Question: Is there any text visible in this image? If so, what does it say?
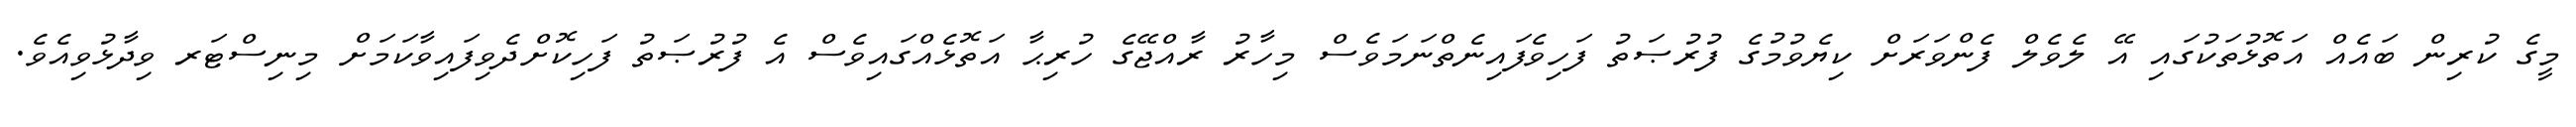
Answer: މީގެ ކުރިން ބައެއް އަތޮޅުތަކުގައި އޭ ލެވެލް ފެންވަރަށް ކިޔެވުމުގެ ފުރުޞަތު ފަހިވެފައިނެތްނަމަވެސް މިހާރު ރާއްޖޭގެ ހުރިޙާ އަތޮޅެއްގައިވެސް އެ ފުރުޞަތު ފަހިކޮށްދެވިފައިވާކަމަށް މިނިސްޓަރ ވިދާޅުވިއެވެ.